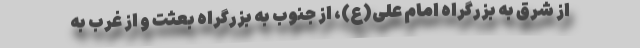
از شرق به بزرگراه امام علی(ع)، از جنوب به بزرگراه بعثت و از غرب به